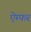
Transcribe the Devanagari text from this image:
ऐम्फर